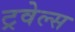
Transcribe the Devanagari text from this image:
ट्रवेल्स